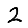
Digit: 2